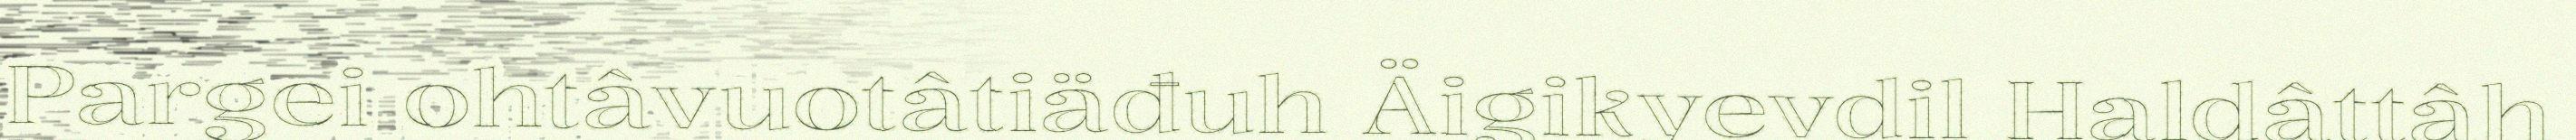
Pargei ohtâvuotâtiäđuh Äigikyevdil Haldâttâh